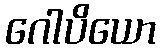
ဂေါပိယော